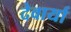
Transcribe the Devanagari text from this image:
देवार्या